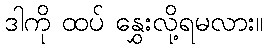
ဒါကို ထပ် နွှေးလို့ရမလား။